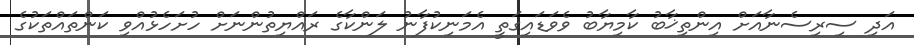
އަދި ސިރިސެނާއަށް އިންތިޚާބު ކާމިޔާބު ވެވަޑައިގަތީ އެމަނިކުފާނު ލަންކާގެ ރައްޔިތުންނަށް ހުށަހެޅުއްވި ކަންތައްތަކުގެ